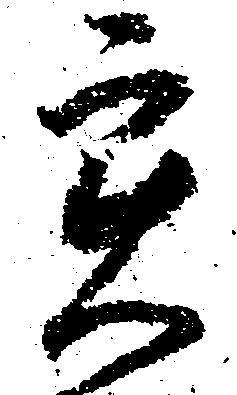
実